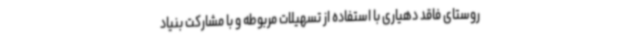
روستای فاقد دهیاری با استفاده از تسهیلات مربوطه و با مشارکت بنیاد